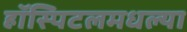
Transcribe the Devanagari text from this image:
हॉस्पिटलमधल्या